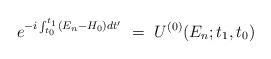
\begin{align*}e^{-i \int_{t_0}^{t_1} (E_n-H_0)dt'} ~=~ U^{(0)}(E_n;t_1,t_0) \end{align*}